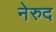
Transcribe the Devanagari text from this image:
नेरुद